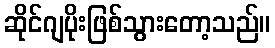
ဆိုင်ဂျပိုးဖြစ်သွားတော့သည်။